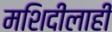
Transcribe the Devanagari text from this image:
मशिदीलाही